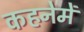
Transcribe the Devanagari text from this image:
कहनेमें